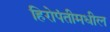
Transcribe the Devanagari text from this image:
हिरोपंतीमधील